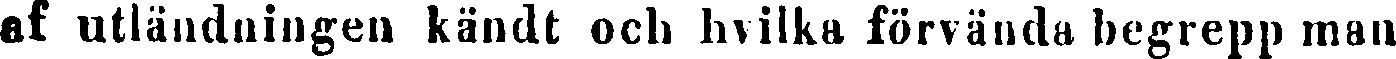
af utländningen kändt och hvilka förvända begrepp man